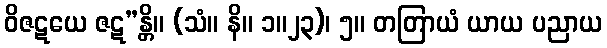
ဝိဇဋယေ ဇဋ”န္တိ။ (သံ။ နိ။ ၁။၂၃)၊ ၅။ တတြာယံ ယာယ ပညာယ